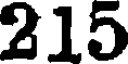
215